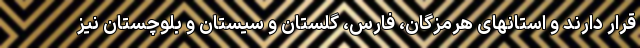
قرار دارند و استانهای هرمزگان، فارس، گلستان و سیستان و بلوچستان نیز